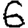
Digit: 6